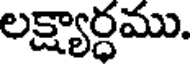
లక్ష్యార్ధము.